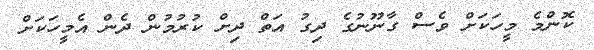
ކޮންމެ މީހަކަށް ވެސް ގާނޫނުގެ ދިގު އަތް ދިށް ކުރުމުން ދެން އެމީހަކަށް